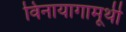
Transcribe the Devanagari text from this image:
विनायागामूर्थी